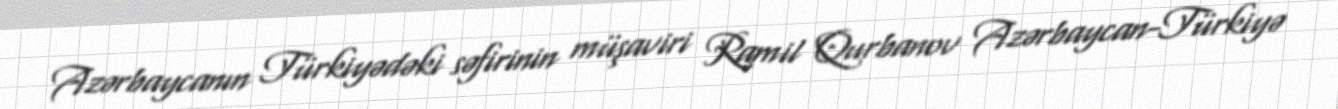
Azərbaycanın Türkiyədəki səfirinin müşaviri Ramil Qurbanov Azərbaycan-Türkiyə